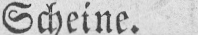
Scheine.